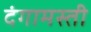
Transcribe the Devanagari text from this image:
दंगामस्ती